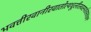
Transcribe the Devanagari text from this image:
भवत्तीरवानीरवातोत्थधूलीलवस्पर्शतस्तत्क्षणं